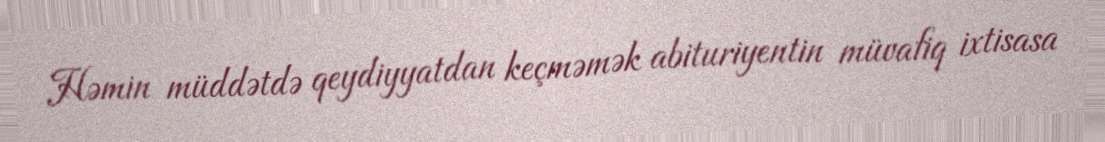
Həmin müddətdə qeydiyyatdan keçməmək abituriyentin müvafiq ixtisasa